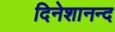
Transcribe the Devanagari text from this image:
दिनेशानन्द